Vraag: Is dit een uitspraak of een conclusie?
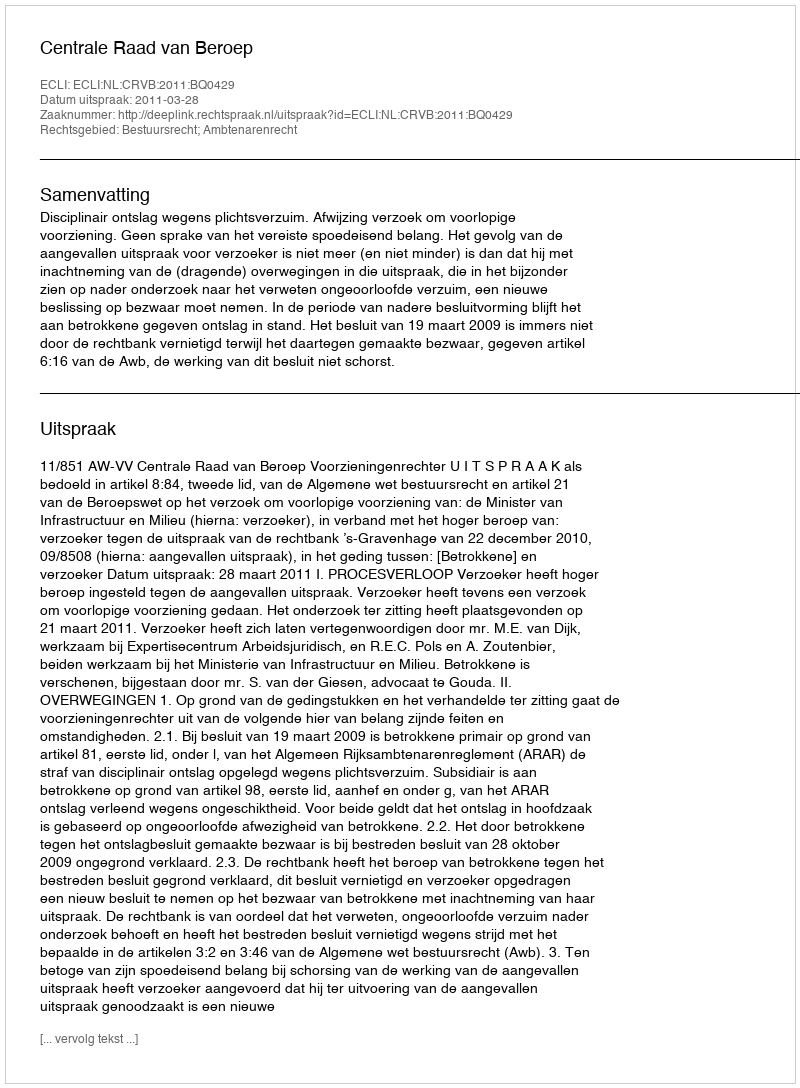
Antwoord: Uitspraak